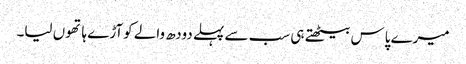
میرے پاس بیٹھتے ہی سب سے پہلے دودھ والے کوآڑے ہاتھوں لیا۔